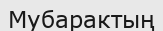
Мубарактың